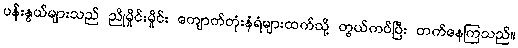
ပန်းနွယ်များသည် ညိုမှိုင်းမှိုင်း ကျောက်တုံးနံရံများထက်သို့ တွယ်ကပ်ပြီး တက်နေကြသည်။